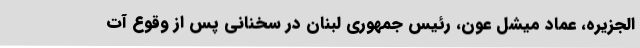
الجزیره، عماد میشل عون، رئیس جمهوری لبنان در سخنانی پس از وقوع آت